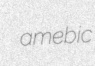
amebic